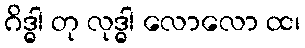
ဂိဒ္ဓါ တု လုဒ္ဓါ လောလော ထ၊